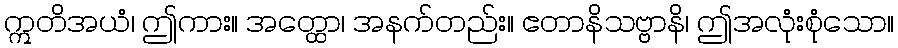
ဣတိအယံ၊ ဤကား။ အတ္ထော၊ အနက်တည်း။ ဧတာနိသဗ္ဗာနိ၊ ဤအလုံးစုံသော။